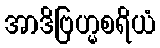
အာဒိဗြဟ္မစရိယံ